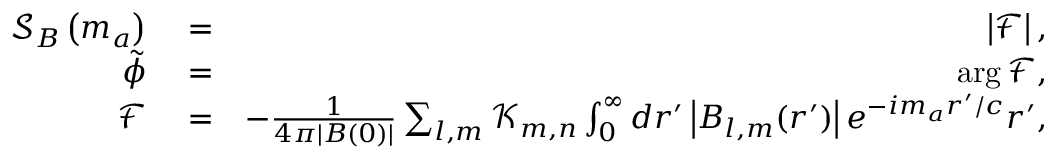
\begin{array} { r l r } { \mathcal S _ { B } \left( m _ { a } \right) } & { { } = } & { \left| \mathcal F \right| , } \\ { \tilde { \phi } } & { { } = } & { \arg \mathcal { F } , } \\ { \mathcal F } & { { } = } & { - \frac { 1 } { 4 \pi \left| { \boldsymbol B } ( 0 ) \right| } \sum _ { l , m } \mathcal K _ { m , n } \int _ { 0 } ^ { \infty } d r ^ { \prime } \left| \boldsymbol B _ { l , m } ( r ^ { \prime } ) \right| e ^ { - i m _ { a } r ^ { \prime } / c } r ^ { \prime } , } \end{array}